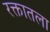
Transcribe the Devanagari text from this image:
रक्तातला